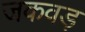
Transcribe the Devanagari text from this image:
जकवड़